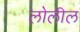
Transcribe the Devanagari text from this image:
लोलील